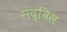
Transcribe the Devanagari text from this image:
संद्विस